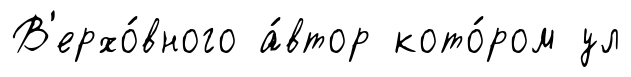
В'ерхо́вного а́втор кото́ром ул